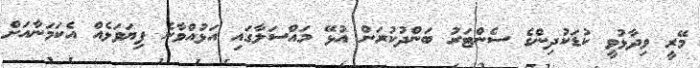
މޭރީ ވިދާޅުވީ ކުޑަކުދިންގެ ސެންޓަރު ބަންދުކުރަން އުޅޭ މައްސަލާގައި އަޅުއްވާނެ ފިޔަވަޅެއް އެކަމަނާއަށް